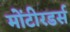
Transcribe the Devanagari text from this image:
मोंटीरडर्स